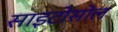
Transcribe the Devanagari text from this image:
साइटोसोल